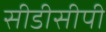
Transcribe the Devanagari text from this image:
सीडीसीपी